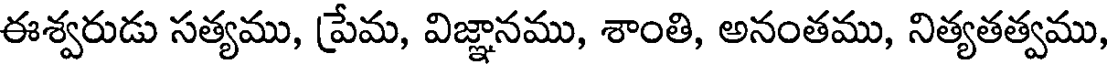
ఈశ్వరుడు సత్యము, ప్రేమ, విజ్ఞానము, శాంతి, అనంతము, నిత్యతత్వము,